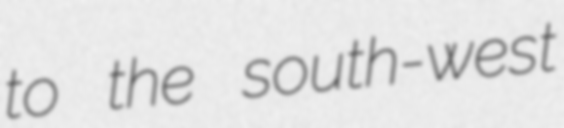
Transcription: to the south-west